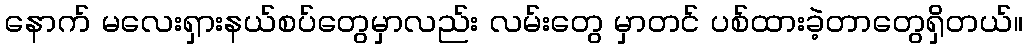
နောက် မလေးရှားနယ်စပ်တွေမှာလည်း လမ်းတွေ မှာတင် ပစ်ထားခဲ့တာတွေရှိတယ်။